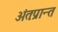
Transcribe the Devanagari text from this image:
अंतःप्रान्त